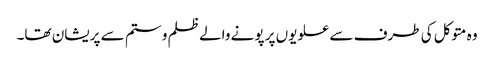
وہ متوکل کی طرف سے علویوں پر پونے والے ظلم و ستم سے پریشان تھا۔